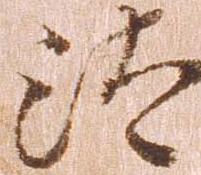
汰